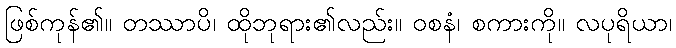
ဖြစ်ကုန်၏။ တဿာပိ၊ ထိုဘုရား၏လည်း။ ဝစနံ၊ စကားကို။ လပုရိယာ၊